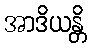
အာဒိယန္တိ